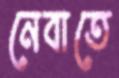
নেবাতে